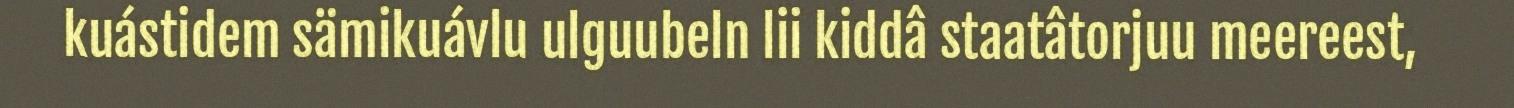
kuástidem sämikuávlu ulguubeln lii kiddâ staatâtorjuu meereest,